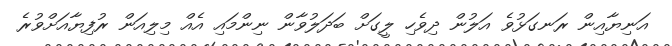
އަނިޔާއިން ރަނގަޅުވެ އަލުން ދިވެހި ލީގަށް ބަދަލުވާން ނިންމައި އެއް މިލިއަން ރުފިޔާއަށްވުރެ